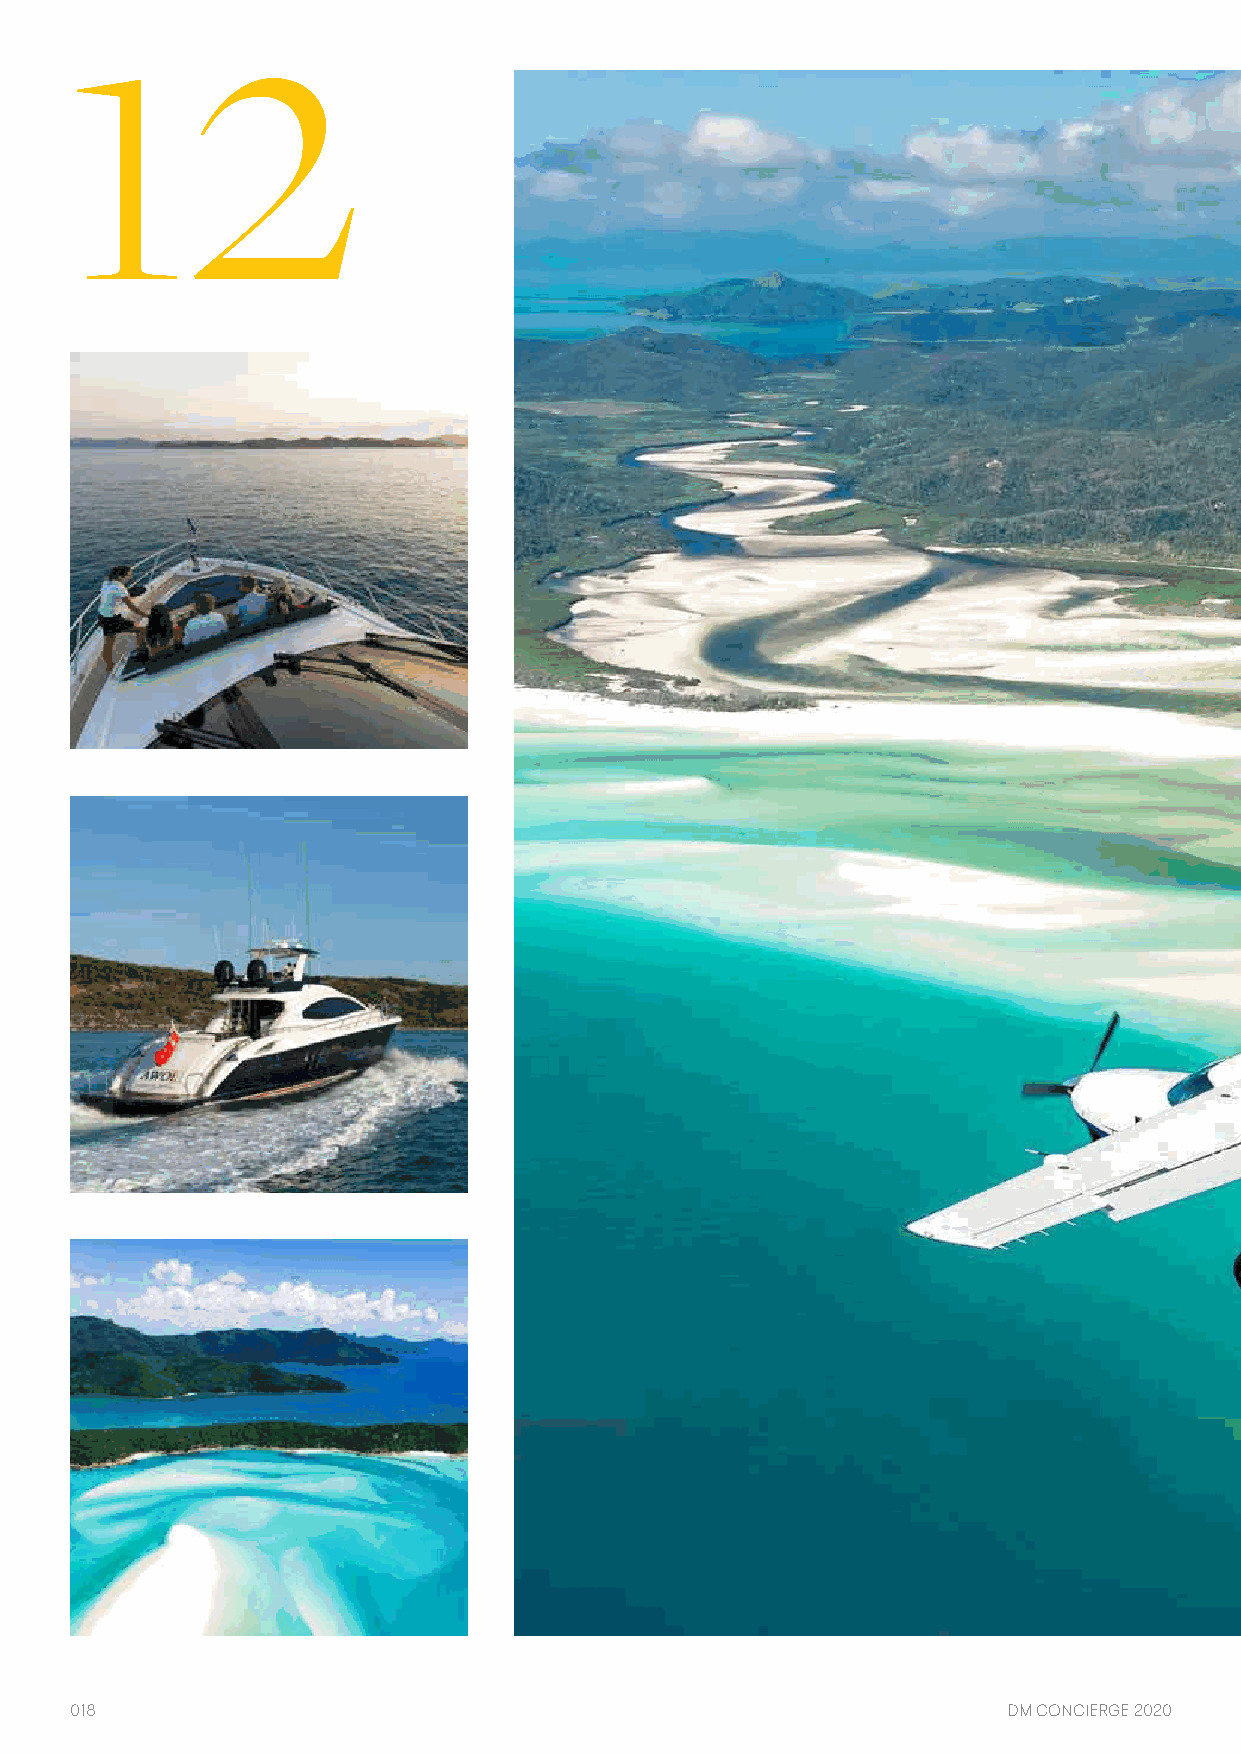
12
 018                                                           DM CONCIERGE 2020